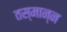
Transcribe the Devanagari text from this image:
तस्मान्न